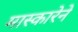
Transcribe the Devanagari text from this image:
मास्कारेने